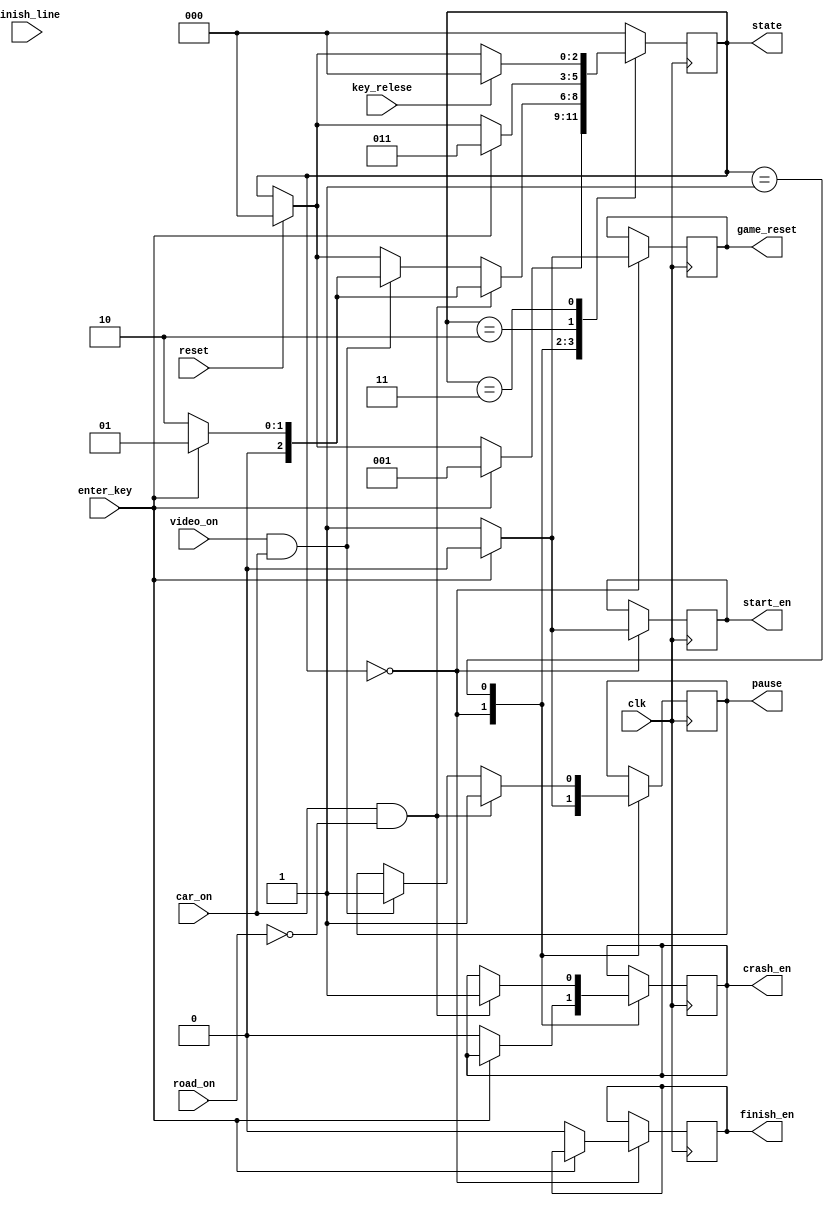
`timescale 1ns / 1ps


module game_state(
input wire clk, reset, 
input wire video_on, road_on, finish_line, car_on, 
input wire enter_key, key_relese, 
output reg start_en, crash_en, finish_en, pause, game_reset, output reg [2:0] state);

initial
 state <= 3'd0;

always@(posedge clk)
begin
if(reset)
state<=3'b0;
case(state)
//show start page and reset the game,
3'd0: if(enter_key) //when enter is pressed move to playing state
       begin 
        state <= 3'd1; 
        start_en <=1'b0;   
        pause <=1'b0; 
        game_reset <=1'b0; 
       end      
      else //shaow start page, reset the game, wait for enter key
       begin 
        start_en <=1'b1; 
        crash_en <= 1'b0;
        finish_en <=1'b0; 
        pause <= 1'b1; 
        game_reset <= 1'b1; 
       end
            
//race until either the car get's off the road or car reaches finish line
3'd1: if(
//video_on &&
 car_on && ~road_on)
        //if off the road, pause the game.
        begin
        //show crash message
        crash_en = 1'b1;
        //if enter key is held while crash, 
        //pause and wait for the key to be released
        if(enter_key) 
            state <= 3'd1;
        else
            state <= 3'd2;
        pause <= 1'b1;
        end
    else if(video_on & car_on) //playing
        begin
            // crash_en <= 1'b1;

        //show finish message
//        finish_en<=1'b1;
        //if enter key is held while car crosses finish line, 
        //pause and wait for the key to be released
        if (enter_key)
         state<= 3'd1;
        else
         state <=3'd2;
         pause <=1'b1;
        end
//    else
//    begin
//        crash_en <= car_on && ~road_on;
//        && ;    
//        state <= 3'd2;
//        pause <=1'b1;
//    end
//wait for the user to press enter before moving to start page
3'd2:  if(enter_key) 
        begin  
          state<= 3'd3; 
        end 
//wait for enter to be realesed
3'd3: if(key_relese) 
        state <= 3'd0; 
default: state <= 3'd0;
endcase
end





endmodule